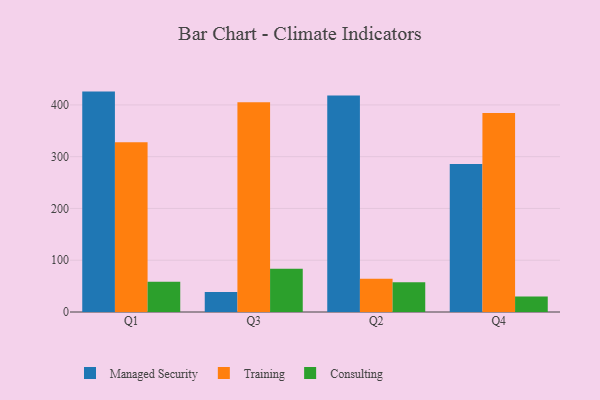
{"axis": {"x": "Quarter", "y": "Active Users"}, "legend": ["Consulting", "Managed Security", "Training"], "data": [{"x": "Q1", "y": 425.7, "type": "Managed Security"}, {"x": "Q1", "y": 327.8, "type": "Training"}, {"x": "Q1", "y": 58.6, "type": "Consulting"}, {"x": "Q3", "y": 38.7, "type": "Managed Security"}, {"x": "Q3", "y": 405.1, "type": "Training"}, {"x": "Q3", "y": 83.4, "type": "Consulting"}, {"x": "Q2", "y": 418.3, "type": "Managed Security"}, {"x": "Q2", "y": 64.4, "type": "Training"}, {"x": "Q2", "y": 57.6, "type": "Consulting"}, {"x": "Q4", "y": 286.0, "type": "Managed Security"}, {"x": "Q4", "y": 384.5, "type": "Training"}, {"x": "Q4", "y": 29.7, "type": "Consulting"}]}